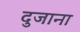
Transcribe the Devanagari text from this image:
दुजाना